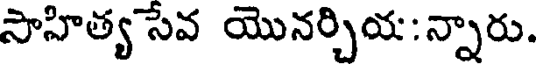
సాహిత్య సేవ యొనర్చియ:న్నారు.